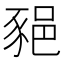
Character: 𨛛